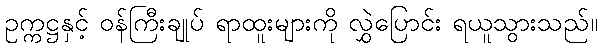
ဥက္ကဋ္ဌနှင့် ဝန်ကြီးချုပ် ရာထူးများကို လွှဲပြောင်း ရယူသွားသည်။